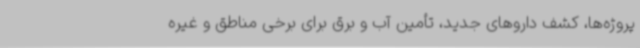
پروژه‌ها، کشف داروهای جدید، تأمین آب و برق برای برخی مناطق و غیره